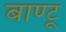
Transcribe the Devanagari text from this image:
बाण्टू